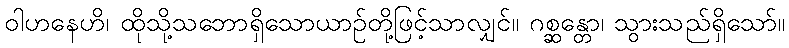
ဝါဟနေဟိ၊ ထိုသို့သဘောရှိသောယာဉ်တို့ဖြင့်သာလျှင်။ ဂစ္ဆန္တော၊ သွားသည်ရှိသော်။